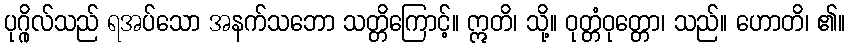
ပုဂ္ဂိုလ်သည် ရအပ်သော အနက်သဘော သတ္တိကြောင့်။ ဣတိ၊ သို့။ ဝုတ္တံဝုတ္တော၊ သည်။ ဟောတိ၊ ၏။